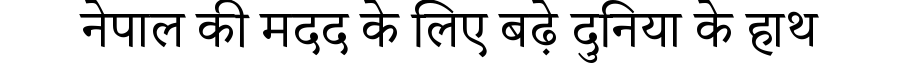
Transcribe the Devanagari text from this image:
नेपाल की मदद के लिए बढ़े दुनिया के हाथ